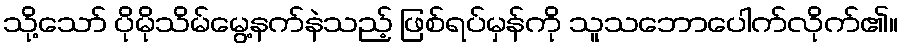
သို့သော် ပိုမိုသိမ်မွေ့နက်နဲသည့် ဖြစ်ရပ်မှန်ကို သူသဘောပေါက်လိုက်၏။